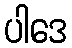
ပါဒေ